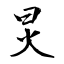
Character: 炅